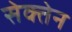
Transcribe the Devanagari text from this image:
सेक्तेन